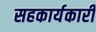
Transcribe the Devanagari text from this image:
सहकार्यकारी